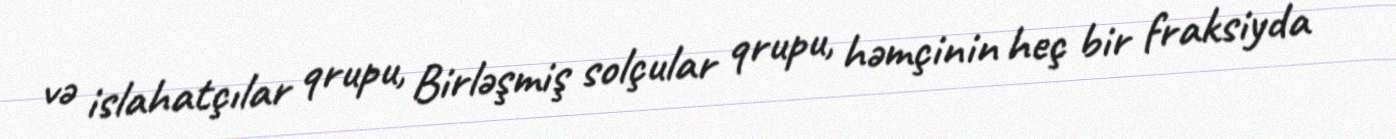
və islahatçılar qrupu, Birləşmiş solçular qrupu, həmçinin heç bir fraksiyda